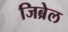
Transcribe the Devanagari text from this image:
जिब्रेल